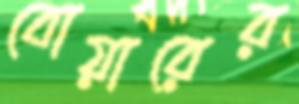
বোয়ারের